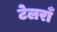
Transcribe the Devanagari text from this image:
टेलराँ